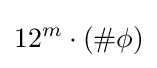
12^{m}\cdot (\#\phi )